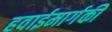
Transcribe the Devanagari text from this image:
हवाईमार्गकी